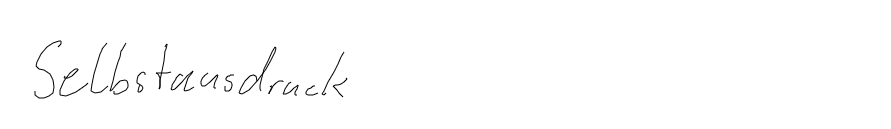
Selbstausdruck